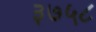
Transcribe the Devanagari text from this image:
३७५८